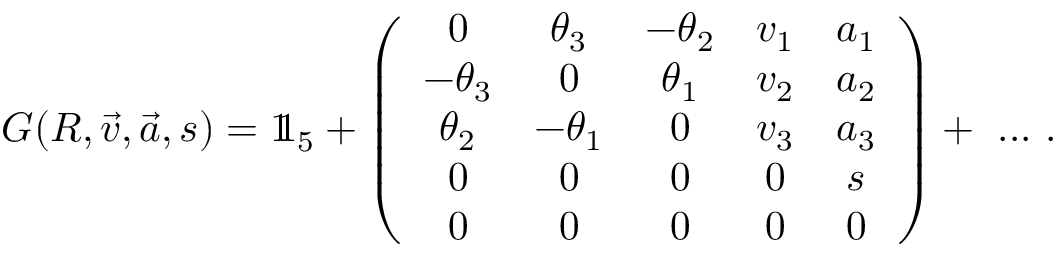
G ( R , { \vec { v } } , { \vec { a } } , s ) = 1 \! \! 1 _ { 5 } + \left( { \begin{array} { c c c c c } { 0 } & { \theta _ { 3 } } & { - \theta _ { 2 } } & { v _ { 1 } } & { a _ { 1 } } \\ { - \theta _ { 3 } } & { 0 } & { \theta _ { 1 } } & { v _ { 2 } } & { a _ { 2 } } \\ { \theta _ { 2 } } & { - \theta _ { 1 } } & { 0 } & { v _ { 3 } } & { a _ { 3 } } \\ { 0 } & { 0 } & { 0 } & { 0 } & { s } \\ { 0 } & { 0 } & { 0 } & { 0 } & { 0 } \end{array} } \right) + \ . . . ~ .